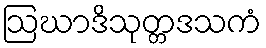
ဩဃာဒိသုတ္တဒသကံ